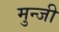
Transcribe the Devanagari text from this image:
मुन्जी